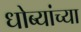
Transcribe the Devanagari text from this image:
धोब्यांच्या